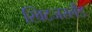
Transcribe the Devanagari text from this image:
स्विटजरर्लैंड